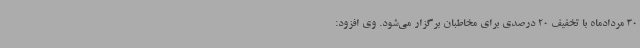
30 مردادماه با تخفیف 20 درصدی برای مخاطبان برگزار می‌شود. وی افزود: